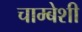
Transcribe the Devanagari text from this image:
चाम्बेशी